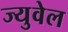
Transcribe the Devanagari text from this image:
ज्युवेल